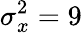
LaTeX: \sigma_{x}^{2}=9